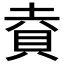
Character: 𮙹